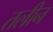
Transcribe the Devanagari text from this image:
तलीन